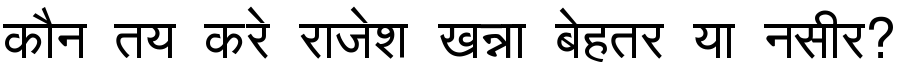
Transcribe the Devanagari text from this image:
कौन तय करे राजेश खन्ना बेहतर या नसीर?